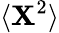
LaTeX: \langle\mathbf{X}^{2}\rangle